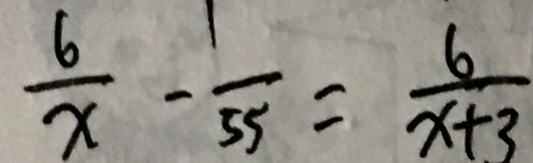
\frac { 6 } { x } - \frac { 1 } { 5 5 } = \frac { 6 } { x + 3 }